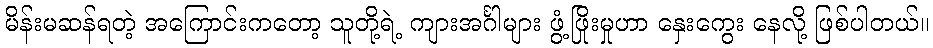
မိန်းမဆန်ရတဲ့ အကြောင်းကတော့ သူတို့ရဲ့ ကျားအင်္ဂါများ ဖွံ့ဖြိုးမှုဟာ နှေးကွေး နေလို့ ဖြစ်ပါတယ်။